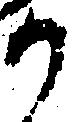
か